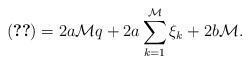
\begin{align*}(\ref{w1A})=2a{\mathcal M}q+2a\sum_{k=1}^{\mathcal M}\xi_k+2b{\mathcal M}.\end{align*}